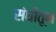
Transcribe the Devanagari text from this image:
संधीतून